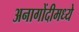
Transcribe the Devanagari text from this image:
अनागोंदीमध्ये